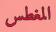
المغطس